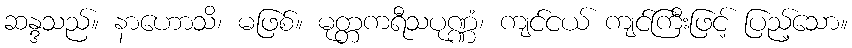
ဆန္ဒသည်။ နာဟောသိ၊ မဖြစ်။ မုတ္တကရီသပုဏ္ဏံ၊ ကျင်ငယ် ကျင်ကြီးဖြင့် ပြည့်သော။